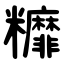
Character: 䊳